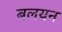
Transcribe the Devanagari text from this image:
बलयन